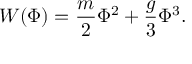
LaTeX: W ( \Phi ) = \frac { m } { 2 } \Phi ^ { 2 } + \frac { g } { 3 } \Phi ^ { 3 } .